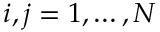
i , j = 1 , \dots , N